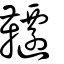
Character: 韆